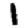
Digit: 1